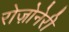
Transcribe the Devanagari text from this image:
रोज़ोनेरी